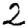
Digit: 2